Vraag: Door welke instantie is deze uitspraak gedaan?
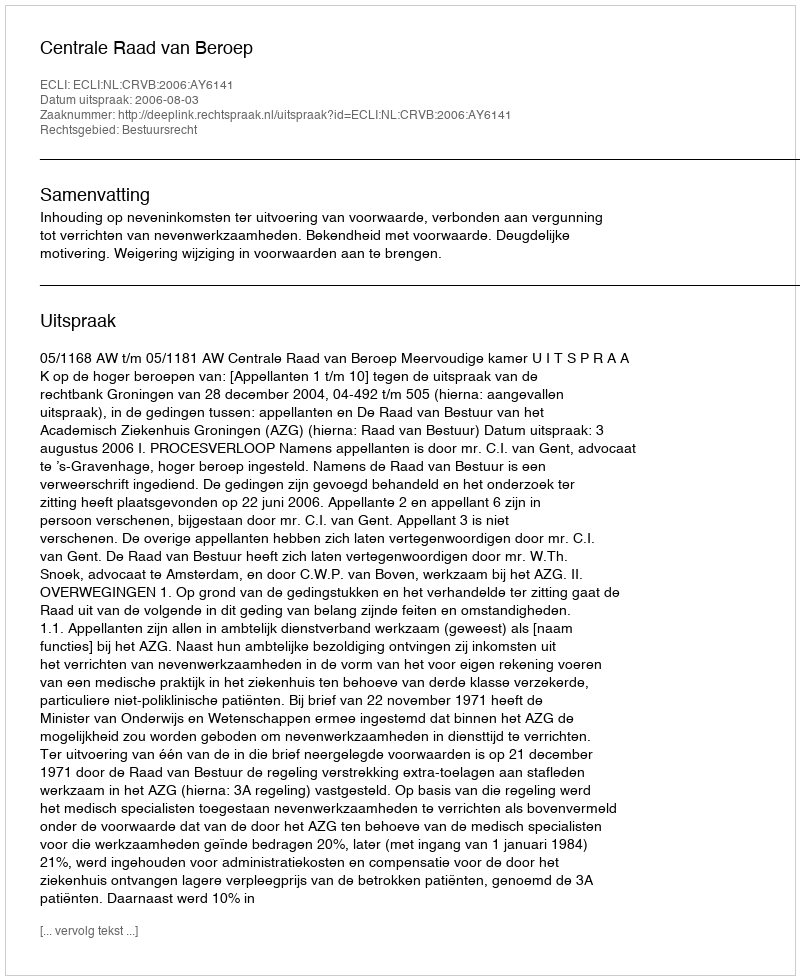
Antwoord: Centrale Raad van Beroep